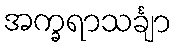
အက္ခရာသင်္ချာ